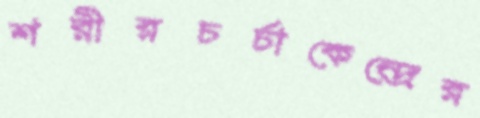
শরীরচর্চাকেন্দ্রের